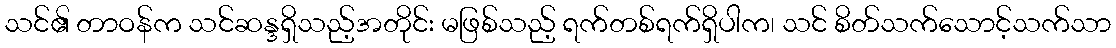
သင်၏ တာဝန်က သင်ဆန္ဒရှိသည့်အတိုင်း မဖြစ်သည့် ရက်တစ်ရက်ရှိပါက၊ သင် စိတ်သက်သောင့်သက်သာ